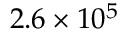
2 . 6 \times 1 0 ^ { 5 }